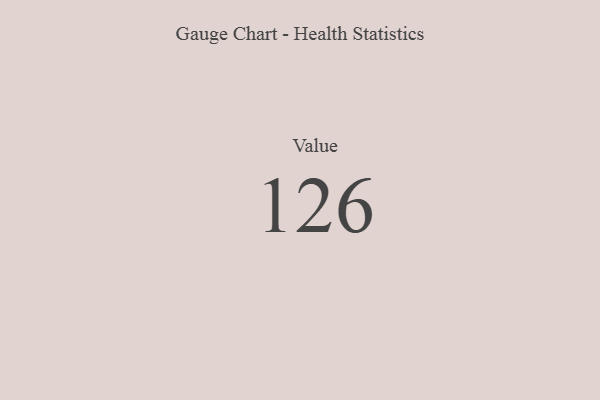
{"axis": {"x": "Metric", "y": "Value"}, "legend": [""], "data": [{"x": "Value", "y": 126, "type": ""}]}